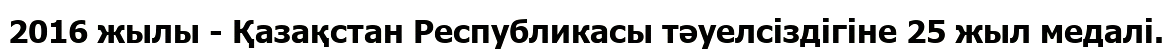
2016 жылы - Қазақстан Республикасы тәуелсіздігіне 25 жыл медалі.